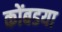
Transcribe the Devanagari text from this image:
कोंबडया